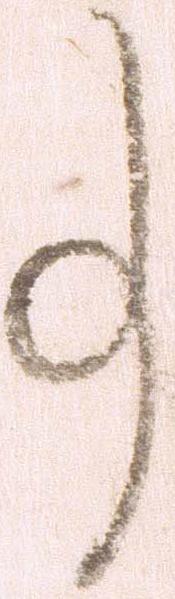
事